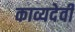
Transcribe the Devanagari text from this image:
काव्यदेवी